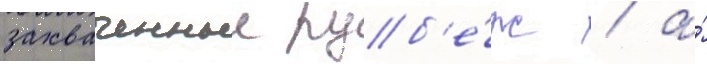
захваченныи руб'е́ж / а́